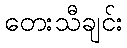
တေးသီချင်း